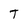
Character: T